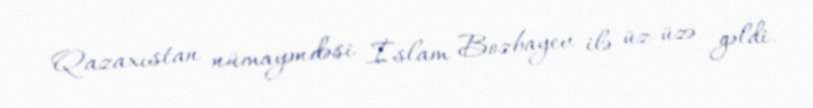
Qazaxıstan nümayəndəsi İslam Bozbayev ilə üz-üzə gəldi.